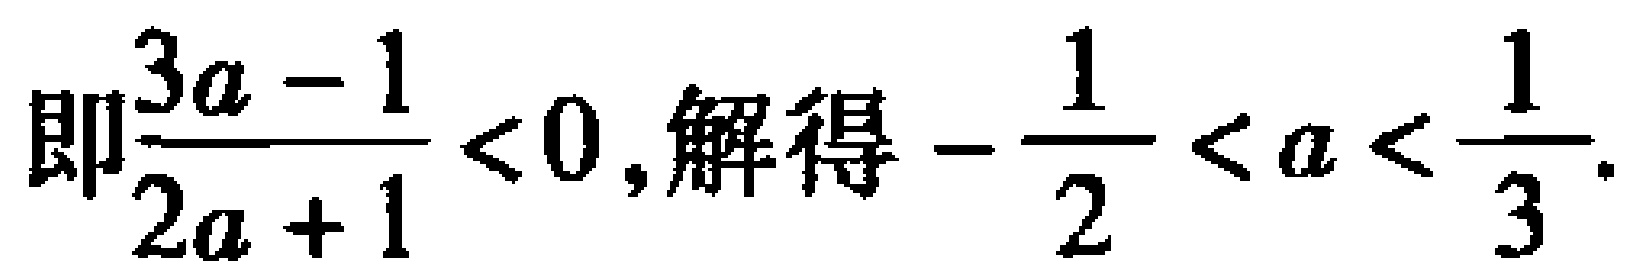
即\(\frac{3a - 1}{2a + 1} < 0\),解得\(-\frac{1}{2} < a < \frac{1}{3}\).